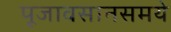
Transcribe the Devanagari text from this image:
पूजावसानसमये